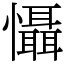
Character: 懾